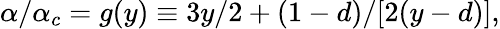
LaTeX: \begin{array}{r}{\alpha/\alpha_{c}=g(y)\equiv 3y/2+(1-d)/[2(y-d)],}\end{array}